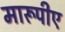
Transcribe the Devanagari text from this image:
मारूपीए